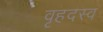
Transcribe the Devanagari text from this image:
वृहदस्व